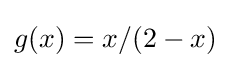
g(x)=x/(2-x)